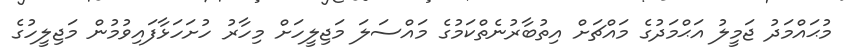
މުޙައްމަދު ޖަމީލު އަޙްމަދުގެ މައްޗަށް އިތުބާރުނެތްކަމުގެ މައްސަލަ މަޖިލީހަށް މިހާރު ހުށަހަޅާފައިވުމުން މަޖިލީހުގެ